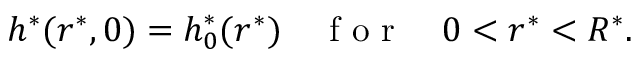
h ^ { * } ( r ^ { * } , 0 ) = h _ { 0 } ^ { * } ( r ^ { * } ) \quad \mathrm { ~ f ~ o ~ r ~ } \quad 0 < r ^ { * } < R ^ { * } .